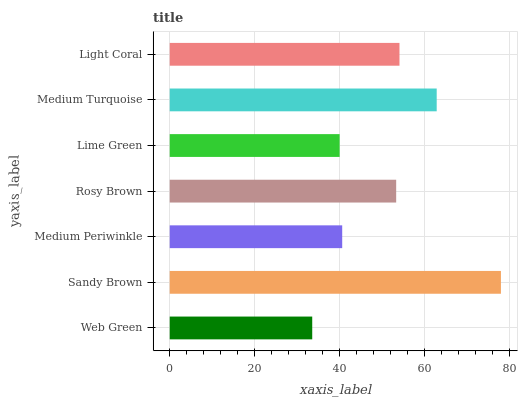
| yaxis_label | bars |
 | --- | --- |
 | Web Green | 33.6 |
 | Sandy Brown | 78 |
 | Medium Periwinkle | 40.6 |
 | Rosy Brown | 53.4 |
 | Lime Green | 40 |
 | Medium Turquoise | 62.9 |
 | Light Coral | 54.1 |